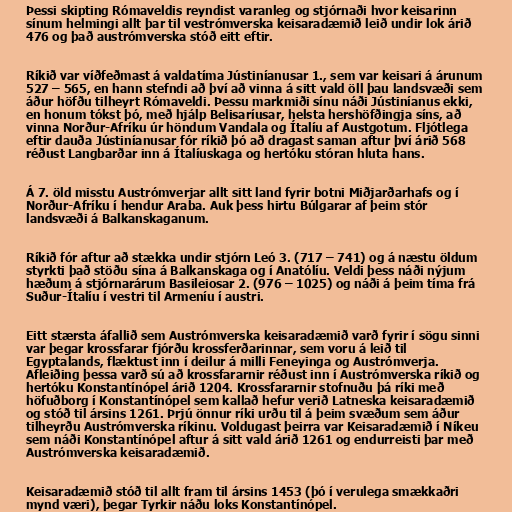
Þessi skipting Rómaveldis reyndist varanleg og stjórnaði hvor keisarinn
sínum helmingi allt þar til vestrómverska keisaradæmið leið undir lok árið
476 og það austrómverska stóð eitt eftir.

Ríkið var víðfeðmast á valdatíma Jústiníanusar 1., sem var keisari á árunum
527 – 565, en hann stefndi að því að vinna á sitt vald öll þau landsvæði sem
áður höfðu tilheyrt Rómaveldi. Þessu markmiði sínu náði Jústiníanus ekki,
en honum tókst þó, með hjálp Belisaríusar, helsta hershöfðingja síns, að
vinna Norður-Afríku úr höndum Vandala og Ítalíu af Austgotum. Fljótlega
eftir dauða Jústiníanusar fór ríkið þó að dragast saman aftur því árið 568
réðust Langbarðar inn á Ítalíuskaga og hertóku stóran hluta hans.

Á 7. öld misstu Austrómverjar allt sitt land fyrir botni Miðjarðarhafs og í
Norður-Afríku í hendur Araba. Auk þess hirtu Búlgarar af þeim stór
landsvæði á Balkanskaganum.

Ríkið fór aftur að stækka undir stjórn Leó 3. (717 – 741) og á næstu öldum
styrkti það stöðu sína á Balkanskaga og í Anatólíu. Veldi þess náði nýjum
hæðum á stjórnarárum Basileiosar 2. (976 – 1025) og náði á þeim tíma frá
Suður-Ítalíu í vestri til Armeníu í austri.

Eitt stærsta áfallið sem Austrómverska keisaradæmið varð fyrir í sögu sinni
var þegar krossfarar fjórðu krossferðarinnar, sem voru á leið til
Egyptalands, flæktust inn í deilur á milli Feneyinga og Austrómverja.
Afleiðing þessa varð sú að krossfararnir réðust inn í Austrómverska ríkið og
hertóku Konstantínópel árið 1204. Krossfararnir stofnuðu þá ríki með
höfuðborg í Konstantínópel sem kallað hefur verið Latneska keisaradæmið
og stóð til ársins 1261. Þrjú önnur ríki urðu til á þeim svæðum sem áður
tilheyrðu Austrómverska ríkinu. Voldugast þeirra var Keisaradæmið í Níkeu
sem náði Konstantínópel aftur á sitt vald árið 1261 og endurreisti þar með
Austrómverska keisaradæmið.

Keisaradæmið stóð til allt fram til ársins 1453 (þó í verulega smækkaðri
mynd væri), þegar Tyrkir náðu loks Konstantínópel.